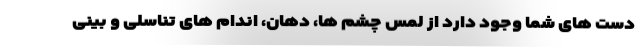
دست های شما وجود دارد از لمس چشم ها، دهان، اندام های تناسلی و بینی